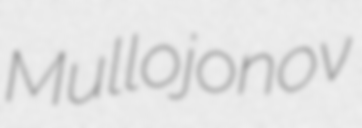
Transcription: Mullojonov